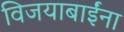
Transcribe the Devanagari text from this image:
विजयाबाईंना